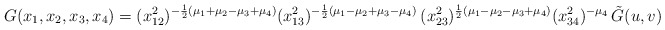
\begin{align*}G(x_1,x_2,x_3,x_4)= (x_{12}^2)^{-\frac{1}{2}(\mu_1+\mu_2-\mu_3+\mu_4)} (x_{13}^2)^{-\frac{1}{2}(\mu_1-\mu_2+\mu_3-\mu_4)}\,(x_{23}^2)^{\frac{1}{2}(\mu_1-\mu_2-\mu_3+\mu_4)} (x_{34}^2)^{-\mu_4}\, \tilde{G}(u,v)\end{align*}